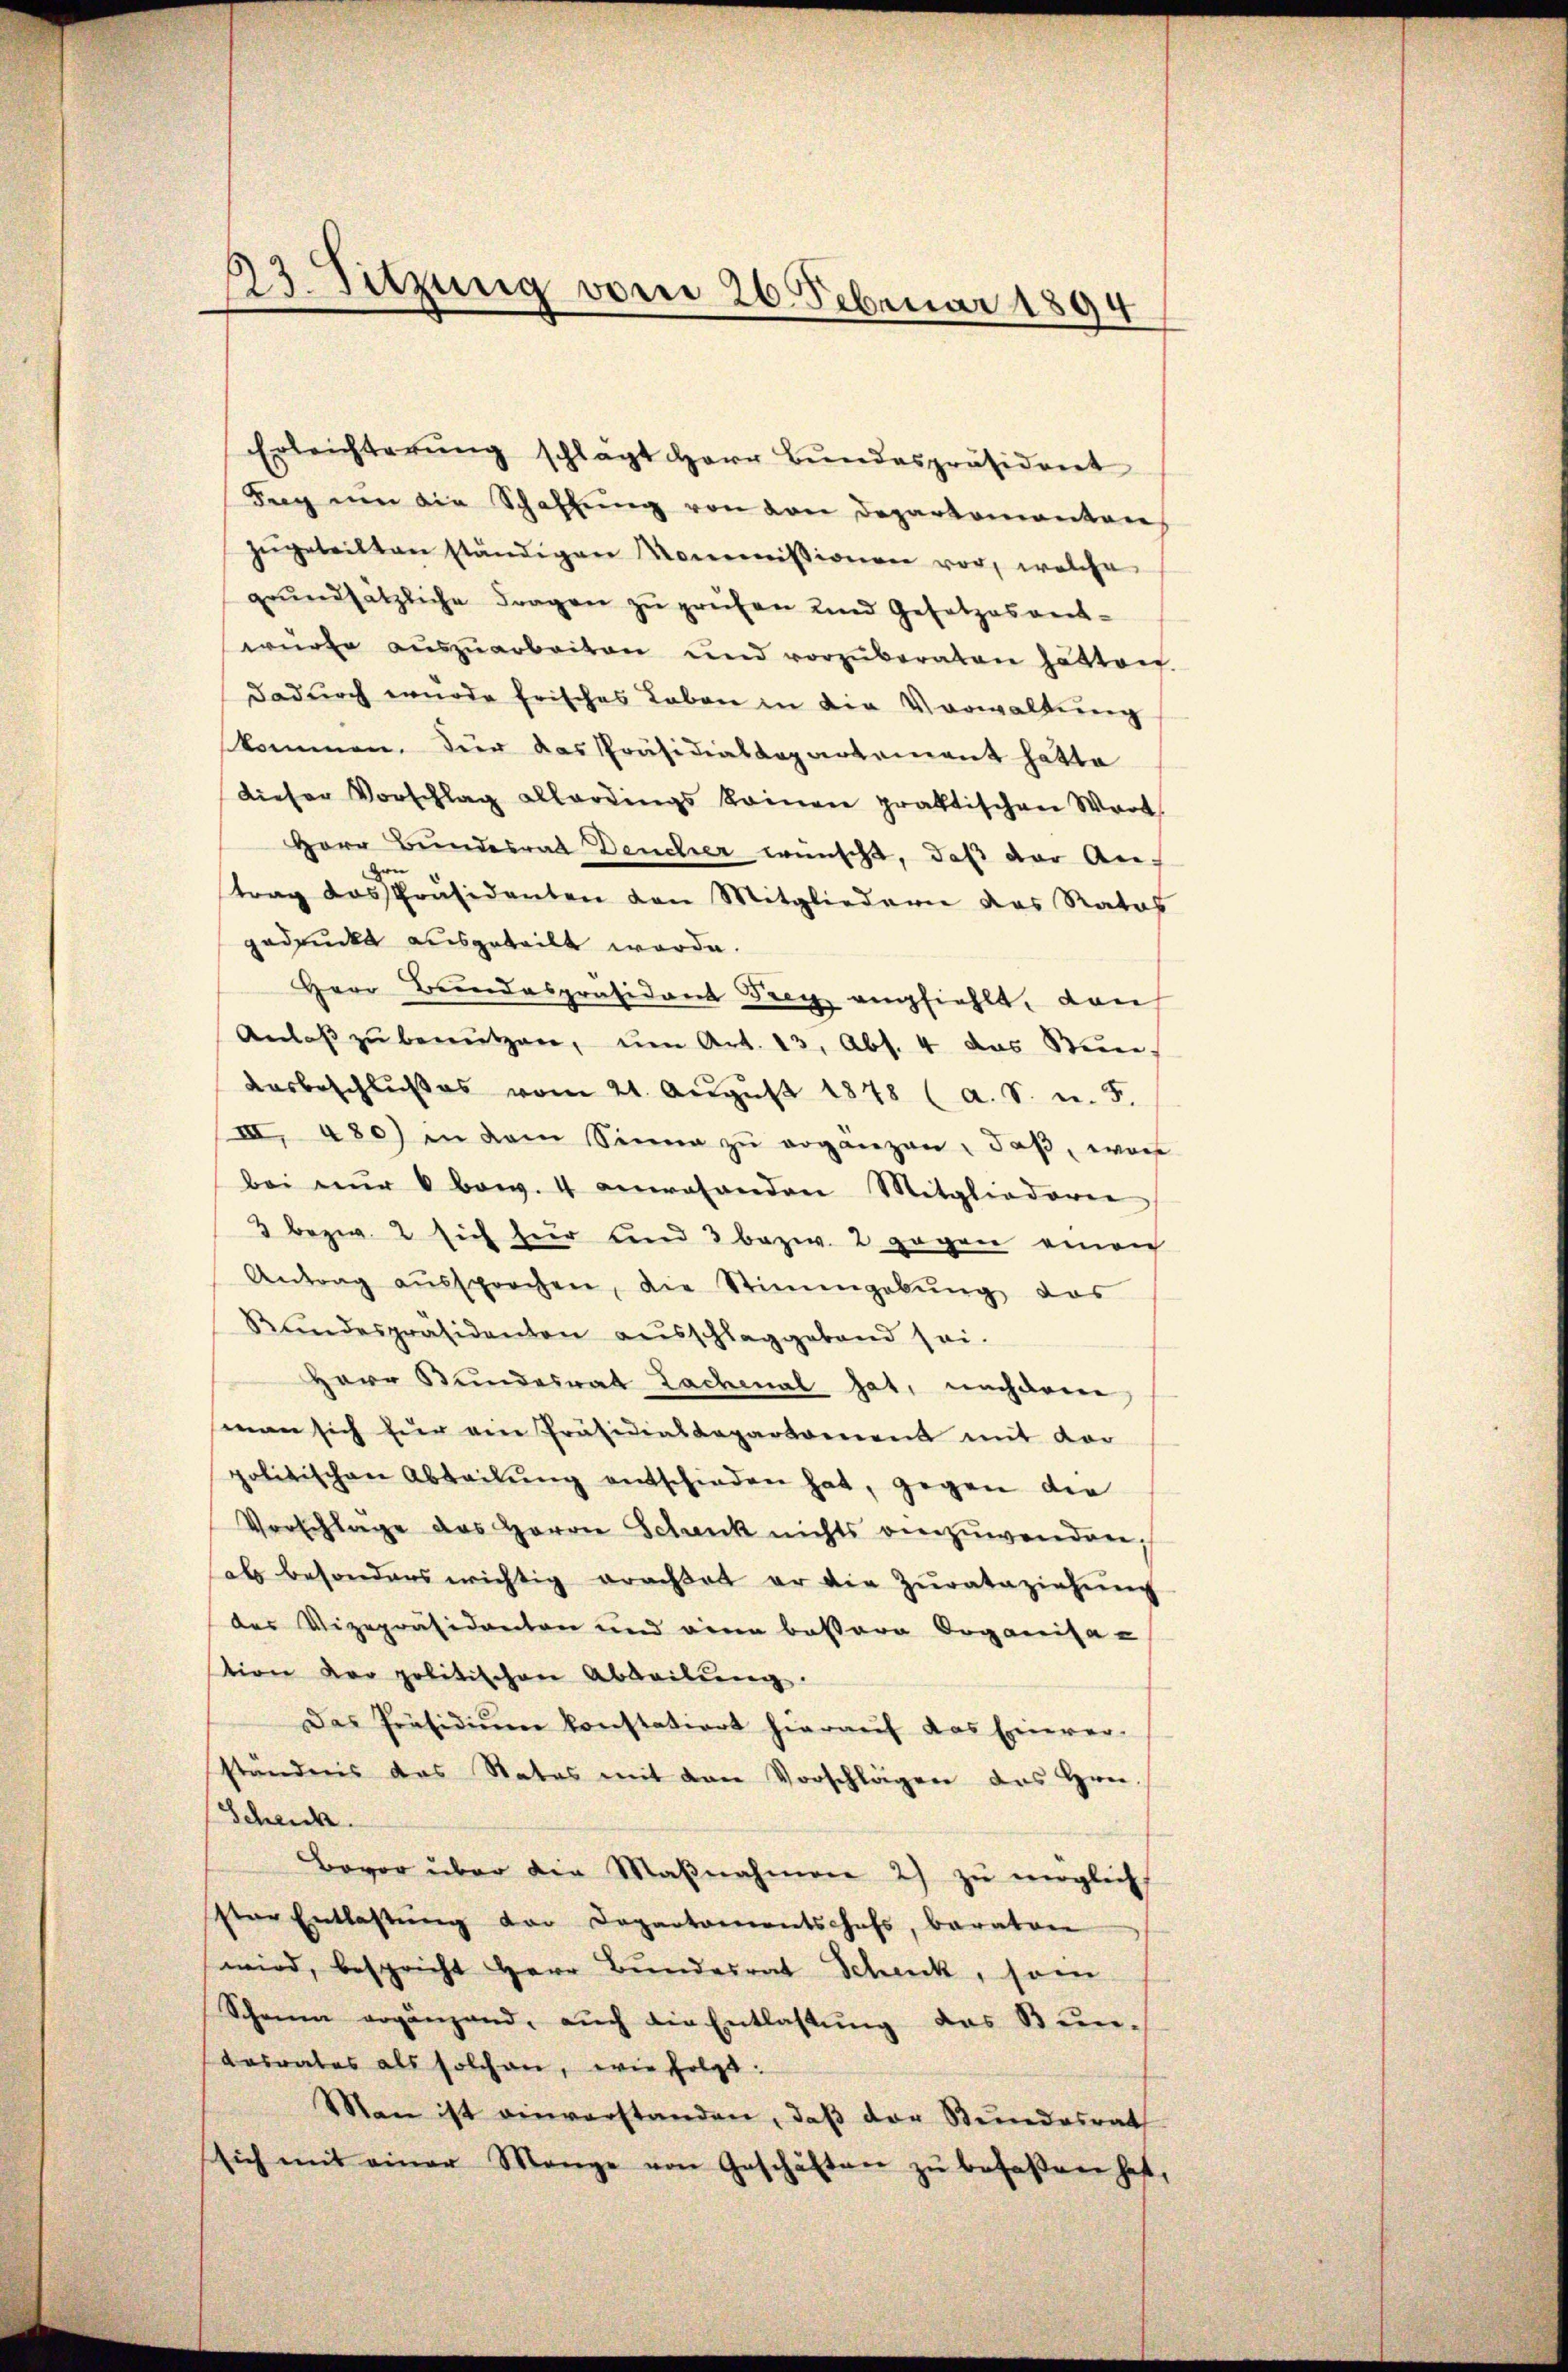
23. Sitzung vorei 26. Februar 1894

Erleichterung schlägt Herr Bundespräsident
Tag um die Schaffŭng von den Departamanten
zŭgeteilten ständigen Kommißionen vor, welche
grŭndsätzliche Fragen zŭ prüfen und Gesetzesamt-
würfe auszuarbeiten und vorzuberaten hätten
dadurch enode frisches Leben in die Verwaltung
kommen. Für das Präsidialdepartement hatte
Dieser Vorschlag allerdings keinen praktischen Wort
Herr Bundesrat Deucher wünscht, daß der An-
Ge
trag das Präsidenten von Mitgliedern das Ratas
gedruckt ausgeteilt werde.
Herr Bundespräsidant Frey emfiehlt, dan
Anlaβ zŭ benützen, ŭm Art. 13, Abs. 4 das Stim¬
Aosbeschlŭβes vom 21. Aŭgŭst 1848 (a. S. u. 5.
III. 480) in dem Sinne zŭ erganzen, daß, wor
bei nŭr 6 bow. 4 anwesenden Mitgliederen
3 bezw. 2 sich für und 3 bezw. 2 gegen einen
Antrag aŭssprochen, die Stimmgebŭng das
Rundespräsidenten ausschlaggebend sei.
Herr Bundesrat Lachenal hat, nachdene
man sich für am Präsidialkapartement mit der
politischen Abteilŭng entschieden hat, gegen die
Vorschlage das Herrn Schank nichts einzuwenden;
habs besonders wichtig erachtet er die Zurataziehung
des Vizepräsidenten und einen bessere Organisation der politischen Abteilŭng.
Das Präsidiŭm konstatiert hieraŭf das Einver-
ständnis das States mit den Vorschlägen das Hrn.
Schenk.
Bevor über die Maβnahmen 2) zu möglich
ster Entlastŭng der Departamentschefs, Baraton
wird, bespricht Herr Bundesrat Scheick, son
Schein ergänzend, auch die Entlastŭng das Bun-
desrates als solchen, wie folgt:
Man ist einverstanden, daβ der Stundesrath
sich mit einer Mange von Geschäften zŭ befaßen hat,